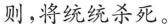
则,将统统杀死。